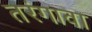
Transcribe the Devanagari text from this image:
तरंगावा